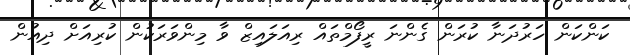
ކަންކަން ހަރުދަނާ ކުރަން ގެންނަ ރީފޯމްތައް ރިއަލައިޒް ވާ މިންވަރަކުން ކުރިއަށް ދިއުން